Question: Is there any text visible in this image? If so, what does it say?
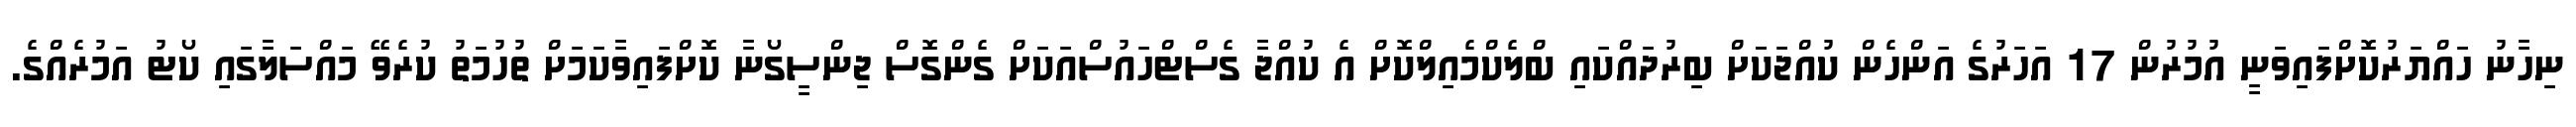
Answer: ނިހާނު ހައްޔަރުކޮށްފައިވަނީ އުމުރުން 17 އަހަރުގެ އަންހެން ކުއްޖަކަަށް ބިރުދައްކައި ބްލެކްމެއިލްކޮށް އެ ކުއްޖާ ގެސްޓްހައުސްއަކަށް ގެންގޮސް ޖިންސީގޯނާ ކޮށްފައިވާކަމަށް ތުހުމަތު ކުރެވޭ މައްސަލާގައި ކޯޓު އަމުރެއްގެ.